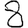
Digit: 8